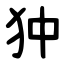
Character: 狆